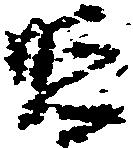
照